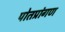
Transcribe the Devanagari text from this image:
पोतप्रांगण